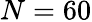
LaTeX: N=60